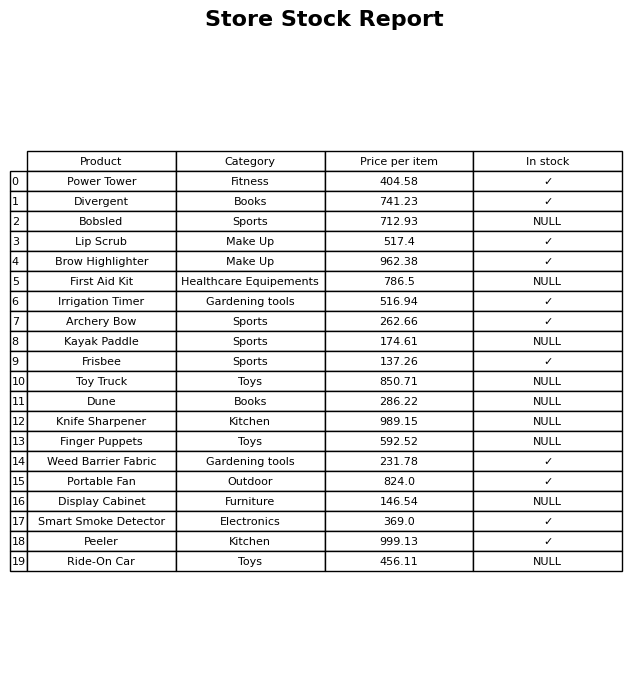
question: What is the stock status of the Knife Sharpener?
answer: NULL